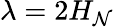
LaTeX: \lambda=2H_{\mathcal{N}}